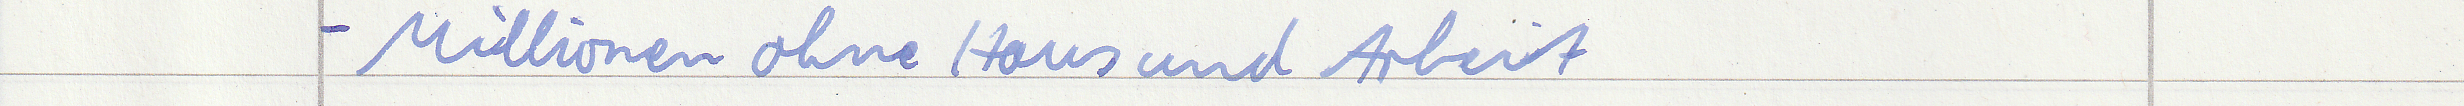
- Millionen ohne Haus und Arbeit